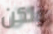
ولكن